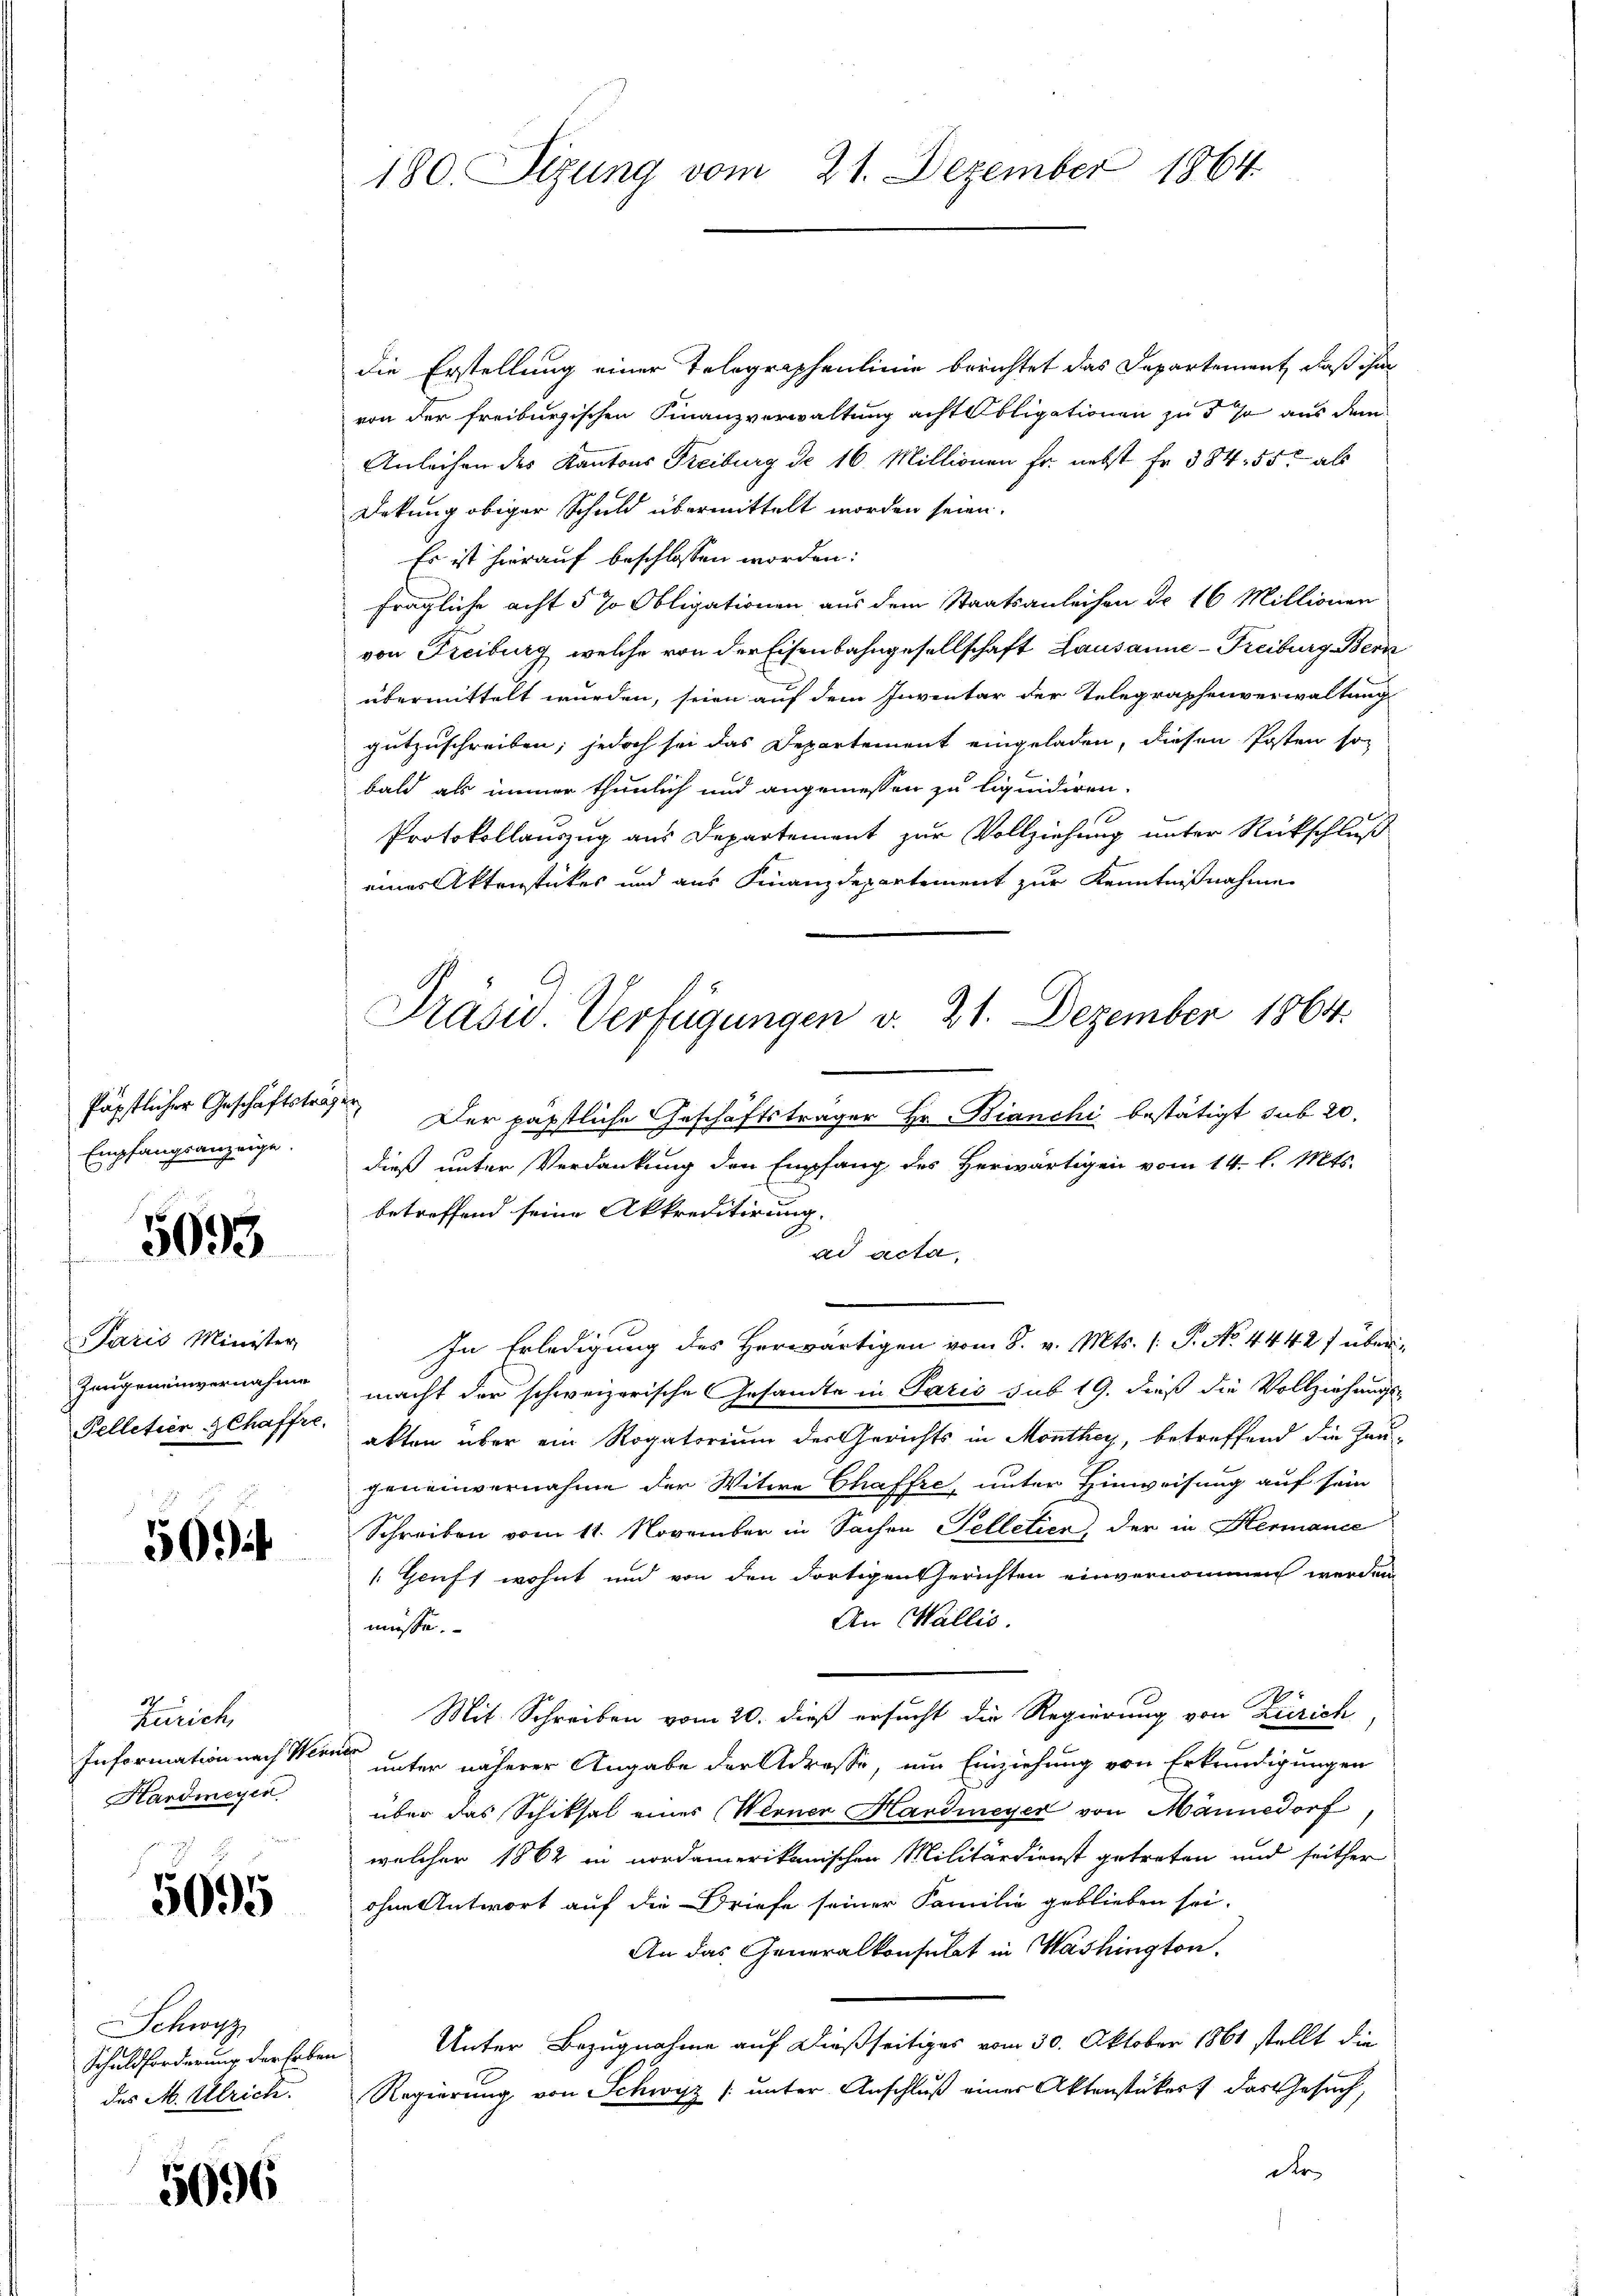
Päpstlicher Geschäftsträgen
Empfangsanzeige.

5093

Paris Minister
Zeugeneinvernahme
Pelletien gehaffte.

509

Zürich,
Information nach Werner
Hardmeyen

5095

Schwyz
Schuldforderung der Erben
des M. Ulrich.

5096

180. Sizung vom 21. Dezember 1864

die Erstellung einer Telegraphenlinie berichtet das Departement, daß ihm
von der freiburgischen Finanzverwaltung acht Obligationen zu 5 so aus dem
Anleihen des Kantons Freiburg d. 16. Millionen fr. nebst Fr. 384. 55, als
Dekung obiger Schuld übermittelt worden seien.
Es ist hierauf beschlossen worden:
frägliche acht § 70 Obligationen aus dem Staatsanleihen dr 16 Millionen
von Freiburg, welche von der Eisenbahngesellschaft Lausanne-Freiburg Bern
übermittelt wurden, seien auf dem Inventar der Telegraphenverwaltung
gutzuschreiben; jedoch sei das Departement eingeladen, diesen Posten son
bald als immer thunlich und angemessen zu liquidiren.
Protokollauszug aus Departement zur Vollziehung unter Rückschluß
einer Aktenstückes und aus Finanzdepartement zur Kenntnißnahme
Der päpstliche Geschäftsträger Hr. Bianchi bestätigt sub 20.
dieß unter Verdankung den Empfang des Herwärtigen vom 14. l. Mts.
betreffend seine Akkreditirung.
ad acta,
In Erledigung des Herwärtigen vom 8. v. Mts. (: P. No. 4442 f übermacht der schweizerische Gesamte in Paris sub 19. dieß die Vollziehungs-
akten über ein Rogatorium der Gerichts in Monthey, betreffend die Zeu-
geneinvernahme der Witwe Chaffte, unter Hinweisung auf sein
Schreiben vom 11. November in Sachen Telletier, der in Hermanie
Gruft wohnt und von den dortigen Gerichten einvernommen werden
An Wallis.
müsse.
Mit Schreiben vom 20. dieß ersucht die Regierung von Zürich
unter näherer Angabe der Adresse, um Einziehung von Erkundigungen
über das Schiksal eines Werner Hardmeyer von Männedorf,
welcher 1862 in nordamerikanischen Militärdienst getreten und seither
ohne Antwort auf die Briefe seiner Familie geblieben sei.
An das Generalkonsulat in Washington.
Unter Bezugnahme auf dießseitiges vom 30. Oktober 1861 stellt die
Regierung von Schwyz (unter Anschluß einer Aktenstückert das Gesuch,
Der

Präsid. Verfügungen v. 21. Dezember 1864.